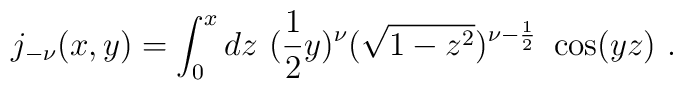
j_{-\nu}(x,y) = \int_{0}^{x} dz \ (\frac{1}{2} y)^{\nu} ( \sqrt{1 - z^{2}})^{\nu - \frac{1}{2}}\ \cos(yz) \ .